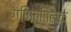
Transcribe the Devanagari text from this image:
गणिततिलक